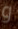
و